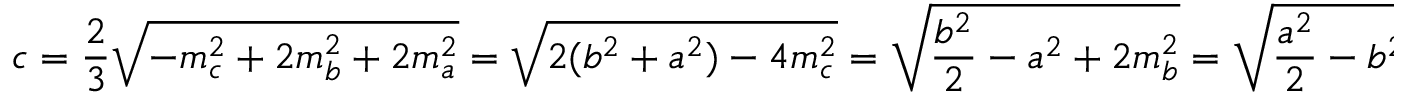
c = { \frac { 2 } { 3 } } { \sqrt { - m _ { c } ^ { 2 } + 2 m _ { b } ^ { 2 } + 2 m _ { a } ^ { 2 } } } = { \sqrt { 2 ( b ^ { 2 } + a ^ { 2 } ) - 4 m _ { c } ^ { 2 } } } = { \sqrt { { \frac { b ^ { 2 } } { 2 } } - a ^ { 2 } + 2 m _ { b } ^ { 2 } } } = { \sqrt { { \frac { a ^ { 2 } } { 2 } } - b ^ { 2 } + 2 m _ { a } ^ { 2 } } } .